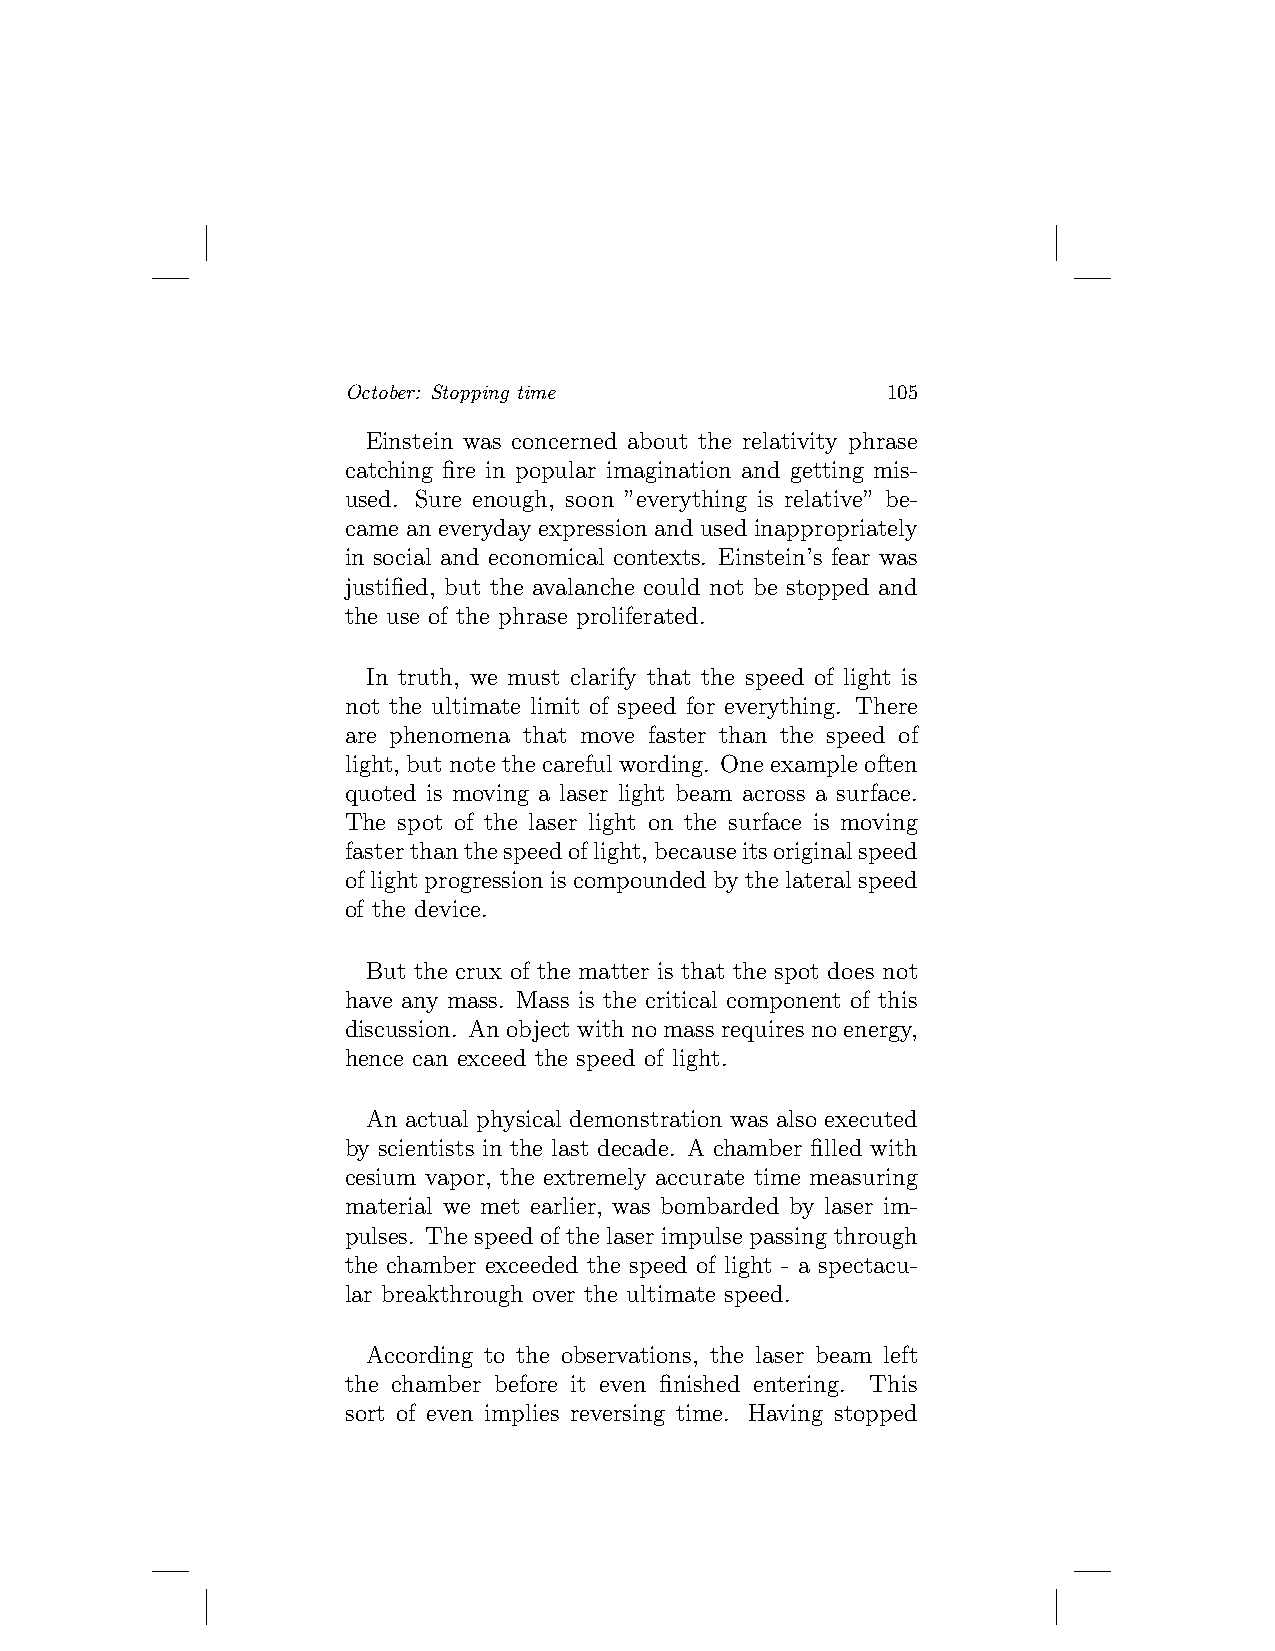
October: Stopping time              105
 Einstein was concerned about the relativity phrase
 catching fire in popular imagination and getting mis-
 used. Sure enough, soon ”everything is relative” be-
 came an everyday expression and used inappropriately
 in social and economical contexts. Einstein’s fear was
 justified, but the avalanche could not be stopped and
 the use of the phrase proliferated.
 In truth, we must clarify that the speed of light is
 not the ultimate limit of speed for everything. There
 are phenomena that move faster than the speed of
 light, but note the careful wording. One example often
 quoted is moving a laser light beam across a surface.
 The spot of the laser light on the surface is moving
 fasterthanthespeedoflight,becauseitsoriginalspeed
 oflightprogressioniscompoundedbythelateralspeed
 of the device.
 But the crux of the matter is that the spot does not
 have any mass. Mass is the critical component of this
 discussion. Anobjectwithnomassrequiresnoenergy,
 hence can exceed the speed of light.
 An actual physical demonstration was also executed
 by scientists in the last decade. A chamber filled with
 cesium vapor, the extremely accurate time measuring
 material we met earlier, was bombarded by laser im-
 pulses. The speed of the laser impulse passing through
 the chamber exceeded the speed of light - a spectacu-
 lar breakthrough over the ultimate speed.
 According to the observations, the laser beam left
 the chamber before it even finished entering. This
 sort of even implies reversing time. Having stopped